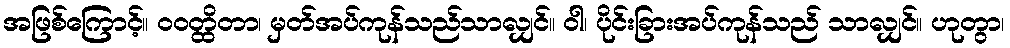
အဖြစ်ကြောင့်။ ဝဝတ္ထိတာ၊ မှတ်အပ်ကုန်သည်သာလျှင်။ ဝါ၊ ပိုင်းခြားအပ်ကုန်သည် သာလျှင်။ ဟုတွာ၊